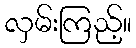
လှမ်းကြည့်။